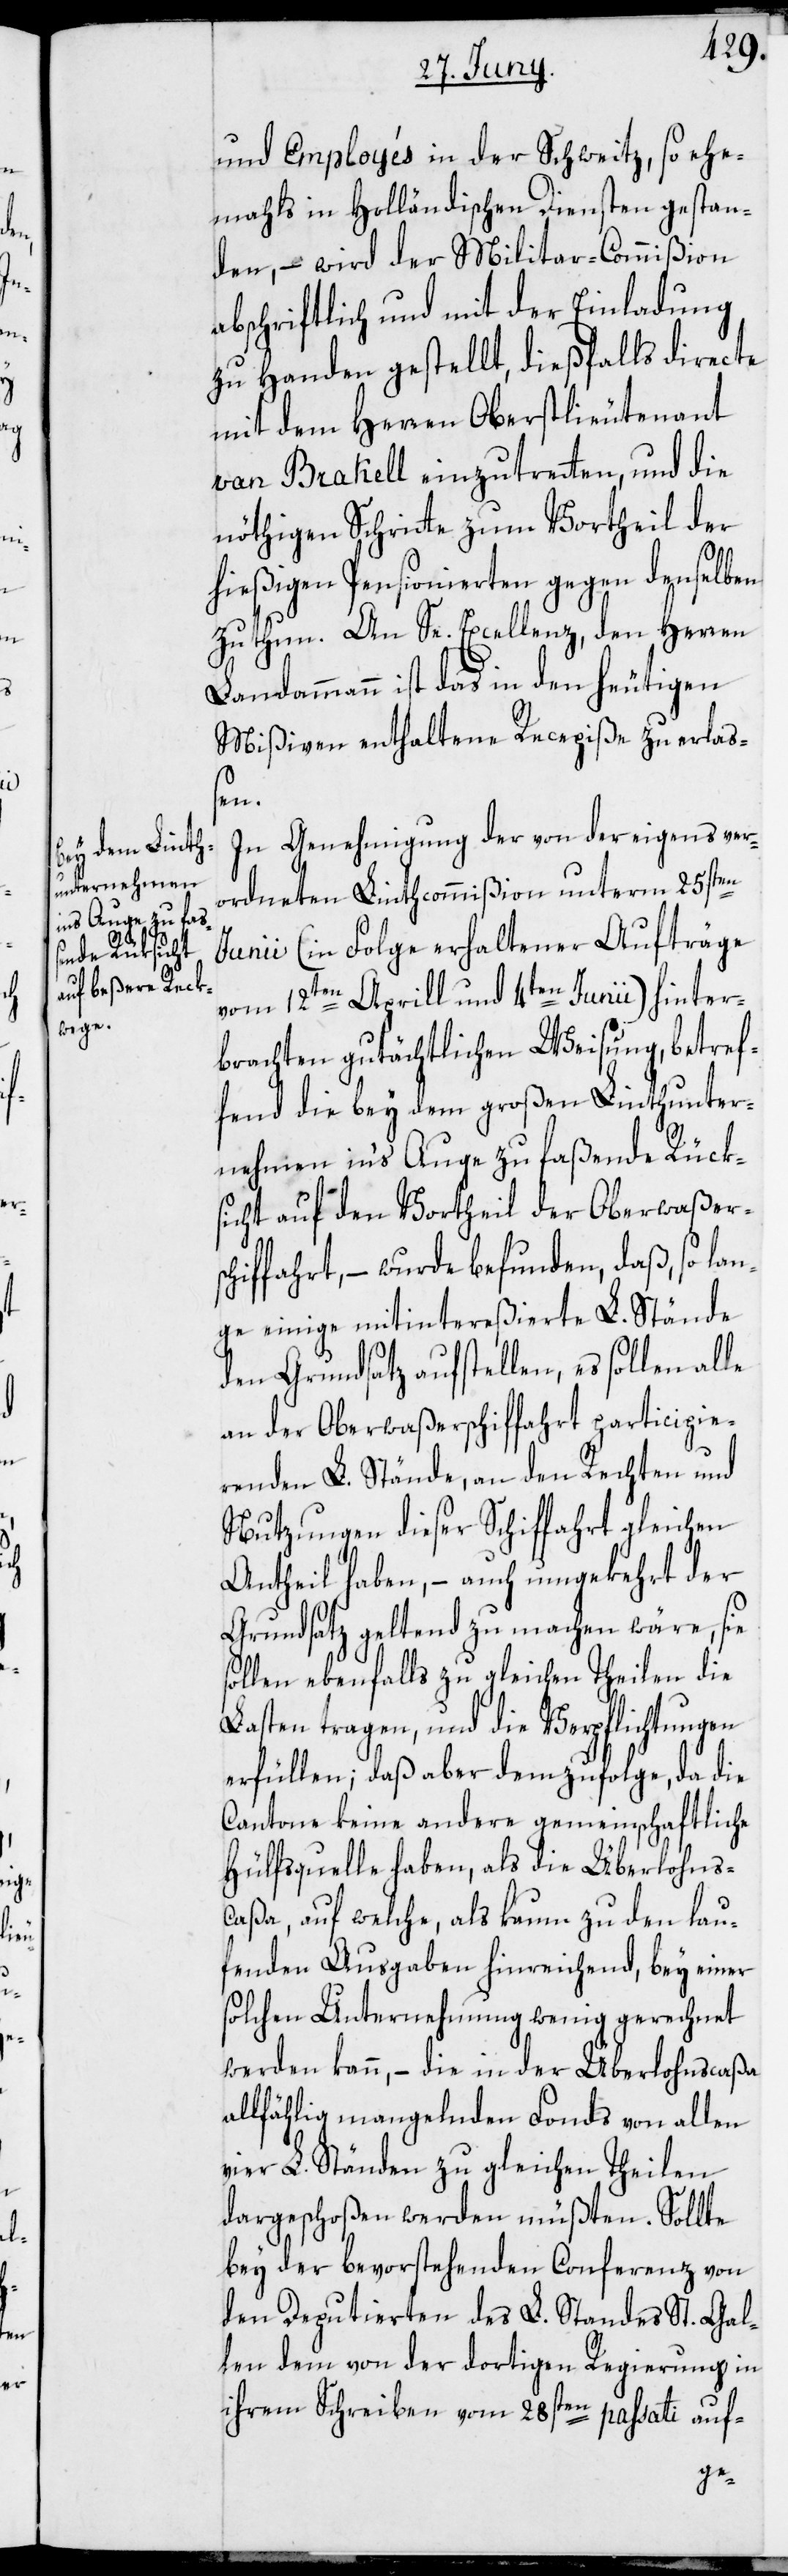
und Employés in der Schweitz, so ehe¬
mahls in Holländischen Diensten gestan¬
den, – wird der Militar-Commißion
abschriftlich und mit der Einladung
zu Handen gestellt, dießfalls directe
mit dem Herren Oberstlieutenant
van Brakell einzutretten, und die
nöthigen Schritte zum Vortheil der
r-sc¬
hießigen Pensionierten gegen denselben
zu thun. An Se. Excellenz, den Herren
Landammann ist das in den heutigen
Mißiven enthaltene Recepiße zu erlas¬
sen.
In Genehmigung der von der eigens ver¬
ordneten Linthcommißion unterm 25sten
Junii (in Folge erhaltener Aufträge
vom 12ten Aprill und 4ten Junii) hinter¬
brachten gutächtlichen Weisung, betref¬
fend die bey dem großen Linthunter¬
nehmen in’s Auge zu faßende Rücks¬
icht auf den Vortheil der Oberwaße¬
hiffahrt, – wurde befunden, daß, so lan¬
ge einige mitintereßierte L. Stände
den Grundsatz aufstellen, es sollen alle
an der Oberwaßerschiffahrt participie¬
renden L. Stände, an den Rechten und
Nutzungen dieser Schiffahrt gleichen
Antheil haben, – auch umgekehrt der
Grundsatz geltend zu machen wäre, sie
sollen ebenfalls zu gleichen Theilen die
Lasten tragen, und die Verpflichtungen
erfüllen; daß aber demzufolge, da die
Cantone keine andere gemeinschaftliche
Hülfsquelle haben, als die Überlohns¬
caßa, auf welche, als kaum zu den lau¬
fenden Ausgaben hinreichend, bey einer
solchen Unternehmung wenig gerechnet
werden kann, – die in der Überlohnscaßa
allfählig mangelnden Fonds von allen
vier L. Ständen zu gleichen Theilen
dargeschoßen werden müßten. Sollte
bey der bevorstehenden Conferenz von
den Deputierten des L. Standes St. Gal¬
len dem von der dortigen Regierung in
ihrem Schreiben vom 28sten passati auf-